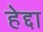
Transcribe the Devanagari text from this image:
हेद्दा